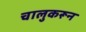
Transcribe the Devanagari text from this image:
चालुकरून